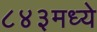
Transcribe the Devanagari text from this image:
८४३मध्ये